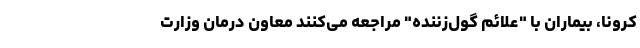
کرونا، بیماران با "علائم گول‌زننده" مراجعه می‌کنند معاون درمان وزارت